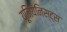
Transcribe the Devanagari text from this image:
यूनियनिस्ट्स